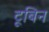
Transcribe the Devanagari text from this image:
टूबिन